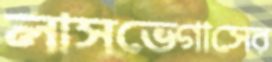
লাসভেগাসের